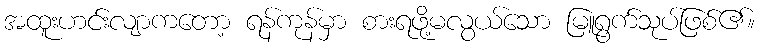
အထူးဟင်းလျာကတော့ ရန်ကုန်မှာ စားရဖို့မလွယ်သော မြူရွက်သုပ်ဖြစ်၏။